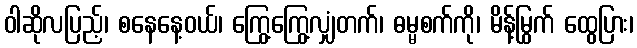
ဝါဆိုလပြည့်၊ စနေနေ့ဝယ်၊ ကြွေ့ကြွေ့လျှံတက်၊ ဓမ္မစက်ကို၊ မိန့်မြွက် ထွေပြား၊